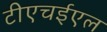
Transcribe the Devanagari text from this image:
टीएचईएल